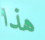
هذا